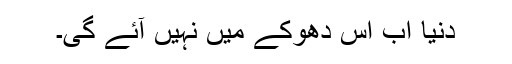
دنیا اب اس دھوکے میں نہیں آئے گی۔